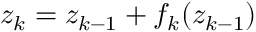
{ z _ { k } = z _ { k - 1 } + f _ { k } ( z _ { k - 1 } ) }